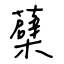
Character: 蘗